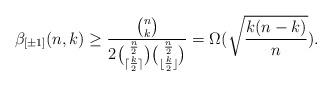
LaTeX: \begin{align*}\beta_{[\pm 1]}(n,k) \geq \frac{\binom{n}{k}}{2\binom{\frac{n}{2}}{\lceil\frac{k}{2}\rceil}\binom{\frac{n}{2}}{\lfloor\frac{k}{2}\rfloor}}= \Omega( \sqrt{\frac{k (n-k)}{n}}).\end{align*}